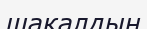
шакалдың